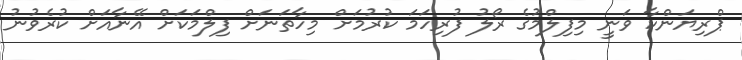
ޕްރިޔަންކާ ވަނީ މިފިލްމުގެ ރޯލު ފުރިހަމަ ކުރުމަށް މިހާތަނަށް ފިލްމަކަށް އޭނާއަށް ކުރެވުނު